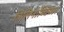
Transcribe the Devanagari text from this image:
त्रिलिनोच्चिच्पर